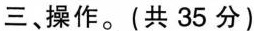
三、操作。(共35分)